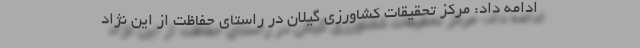
ادامه داد: مرکز تحقیقات کشاورزی گیلان در راستای حفاظت از این نژاد